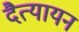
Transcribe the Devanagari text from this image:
दैत्यायन